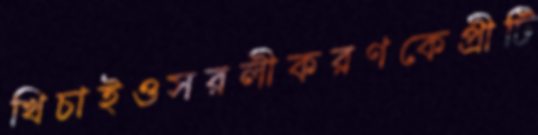
খিচাইওসরলীকরণকেপ্রীটি